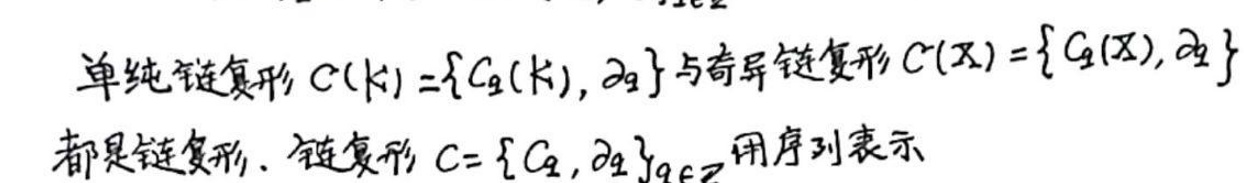
单纯链复形$C(K)=\{C_q(K), \partial_q\}$与奇异链复形$C(X)=\{C_q(X), \partial_q\}$都是链复形. 链复形$C = \{C_q, \partial_q\}_{q\in\mathbb{Z}}$用序列表示